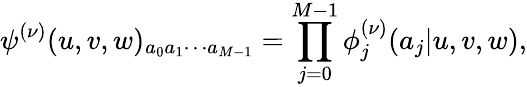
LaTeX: \psi^{(\nu)}(u,v,w)_{a_{0}a_{1}\cdots a_{M-1}}=\prod_{j=0}^{M-1}\phi_{j}^{(\nu)}(a_{j}|u,v,w),